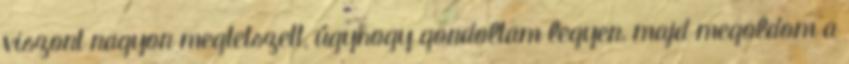
viszont nagyon megtetszett, úgyhogy gondoltam legyen, majd megoldom a